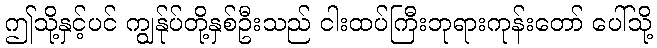
ဤသို့နှင့်ပင် ကျွန်ုပ်တို့နှစ်ဦးသည် ငါးထပ်ကြီးဘုရားကုန်းတော် ပေါ်သို့